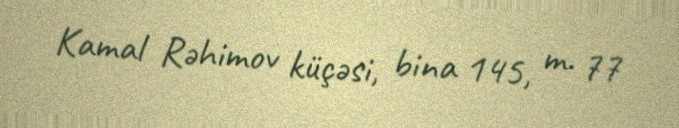
Kamal Rəhimov küçəsi, bina 145, m. 77